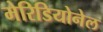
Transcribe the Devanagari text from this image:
मेरिडियोनेल